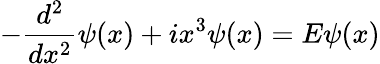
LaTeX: -\frac{d^{2}}{dx^{2}}\psi(x)+ix^{3}\psi(x)=E\psi(x)